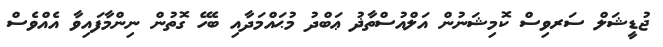
ޖުޑީޝަލް ސަރވިސް ކޮމިޝަނުން އަލްއުސްތާޛު ޢަބްދު މުޙައްމަދާއި ބެހޭ ގޮތުން ނިންމާފައިވާ އެއްވެސް